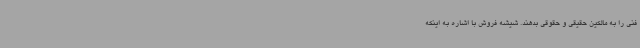
فنی را به مالکین حقیقی و حقوقی بدهند. شیشه فروش با اشاره به اینکه